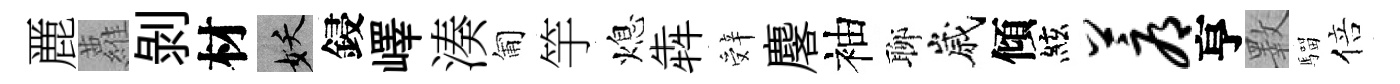
䴡蘿剝材妖鋟嶧湊匍竽熄犇辤麐袖聊嵗傾絃蓐亨斁騮倍